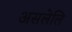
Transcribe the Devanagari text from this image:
असलेलि